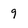
Character: 9